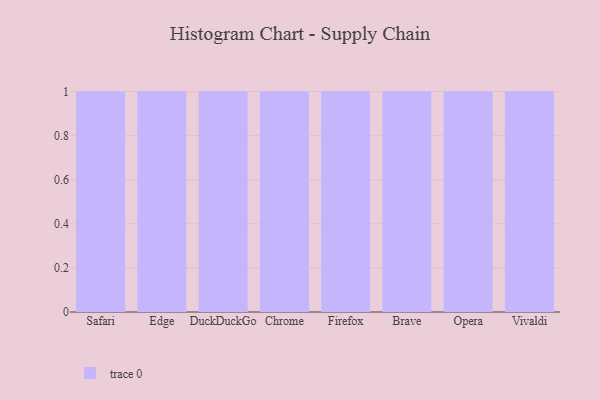
{"axis": {"x": "Browser", "y": "LTV (USD)"}, "legend": [""], "data": [{"x": "Safari", "y": 51, "type": ""}, {"x": "Edge", "y": 68, "type": ""}, {"x": "DuckDuckGo", "y": 73, "type": ""}, {"x": "Chrome", "y": 34, "type": ""}, {"x": "Firefox", "y": 39, "type": ""}, {"x": "Brave", "y": 53, "type": ""}, {"x": "Opera", "y": 71, "type": ""}, {"x": "Vivaldi", "y": 1, "type": ""}]}